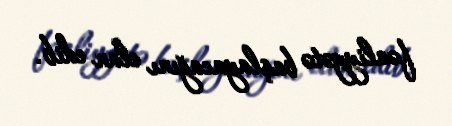
fəaliyyətə başlayacağını elan edib.